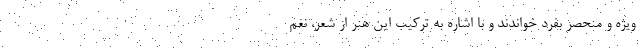
ویژه و منحصر بفرد خواندند و با اشاره به ترکیب این هنر از شعر، نغم